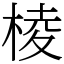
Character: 棱